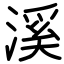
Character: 溪